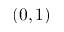
( 0 , 1 )